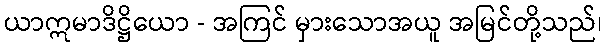
ယာဣမာဒိဋ္ဌိယော - အကြင် မှားသောအယူ အမြင်တို့သည်၊